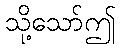
သို့သော်ဤ